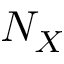
N _ { X }